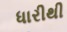
ધારીથી